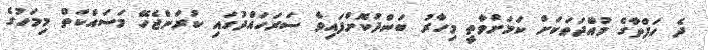
ދެ ހަފްތާގެ މުއްދަތަކަށް ކަމަށްވާތީ މިހާރު ބަންދުކޮށްފައިވާ ސަރަހައްދުގައި ކުރަންޖެހޭ މަސައްކަތް މިމަހުގެ